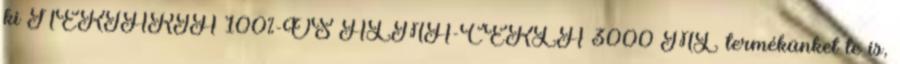
ki NEKTÁRIA 100%-OS ALMA-CÉKLA 3000 ML termékünket te is,